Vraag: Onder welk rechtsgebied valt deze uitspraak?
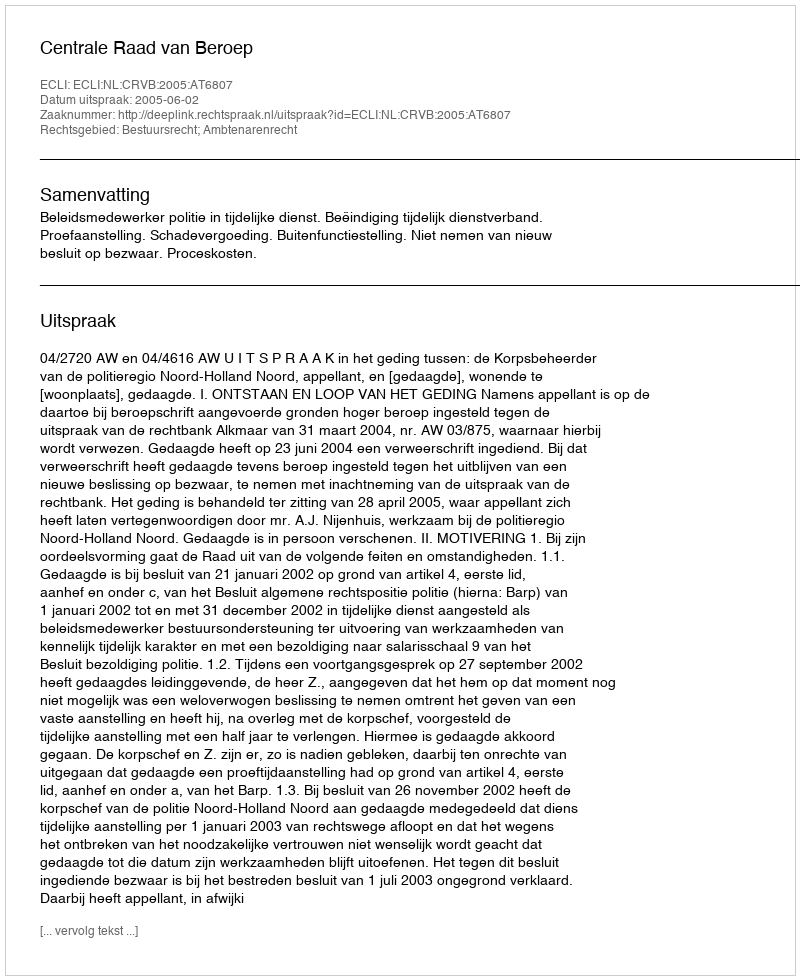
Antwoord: Bestuursrecht; Ambtenarenrecht